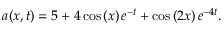
a ( x , t ) = 5 + 4 \cos \left( x \right) e ^ { - t } + \cos \left( 2 x \right) e ^ { - 4 t } .